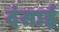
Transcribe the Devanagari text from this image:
दंसाई